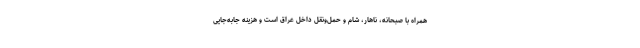
همراه با صبحانه، ناهار، شام و حمل‌ونقل داخل عراق است و هزینه جابه‌جایی